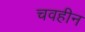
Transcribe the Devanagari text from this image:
चवहीन